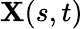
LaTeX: \mathbf{X}(s,t)